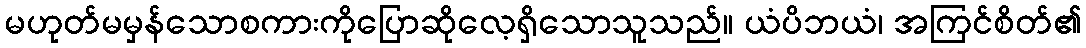
မဟုတ်မမှန်သောစကားကိုပြောဆိုလေ့ရှိသောသူသည်။ ယံပိဘယံ၊ အကြင်စိတ်၏